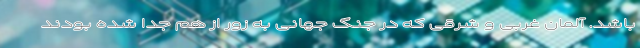
باشد. آلمان غربی و شرقی که در جنگ جهانی به زور از هم جدا شده بودند